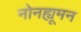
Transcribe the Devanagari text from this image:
नोनह्यूमन